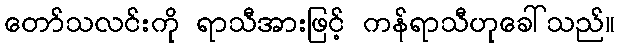
တော်သလင်းကို ရာသီအားဖြင့် ကန်ရာသီဟုခေါ်သည်။